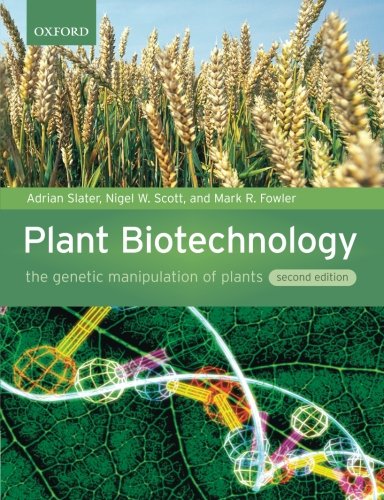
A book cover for Plant Biotechnology: The Genetic Manipulation of Plants; Adrian Slater; Science & Math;